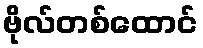
ဗိုလ်တစ်ထောင်